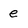
Character: e